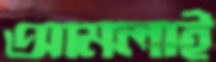
আমলাই